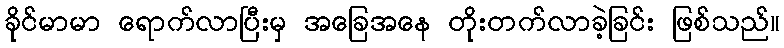
ခိုင်မာမာ ရောက်လာပြီးမှ အခြေအနေ တိုးတက်လာခဲ့ခြင်း ဖြစ်သည်။